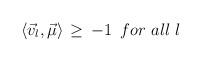
LaTeX: \begin{align*}\langle {\vec v}_l, {\vec \mu} \rangle \, \geq \,-1 \,\,\, for \,\,all\,\,l\end{align*}